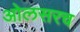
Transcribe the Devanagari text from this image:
ओलसरच